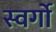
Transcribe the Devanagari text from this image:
स्वर्गो